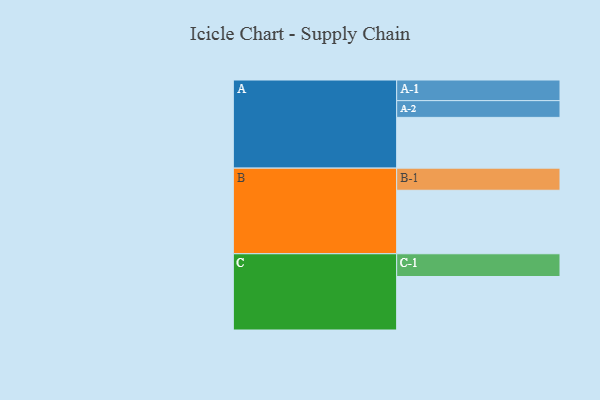
{"axis": {"x": "Segment", "y": "Value"}, "legend": ["", "A", "B", "C"], "data": [{"x": "A", "y": 406, "type": ""}, {"x": "B", "y": 508, "type": ""}, {"x": "C", "y": 428, "type": ""}, {"x": "A-1", "y": 165, "type": "A"}, {"x": "A-2", "y": 134, "type": "A"}, {"x": "B-1", "y": 177, "type": "B"}, {"x": "C-1", "y": 182, "type": "C"}]}